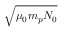
\sqrt { \mu _ { 0 } m _ { p } N _ { 0 } }